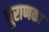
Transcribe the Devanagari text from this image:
पुराणका